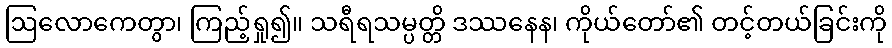
ဩလောကေတွာ၊ ကြည့်ရှု၍။ သရီရသမ္ပတ္တိ ဒဿနေန၊ ကိုယ်တော်၏ တင့်တယ်ခြင်းကို